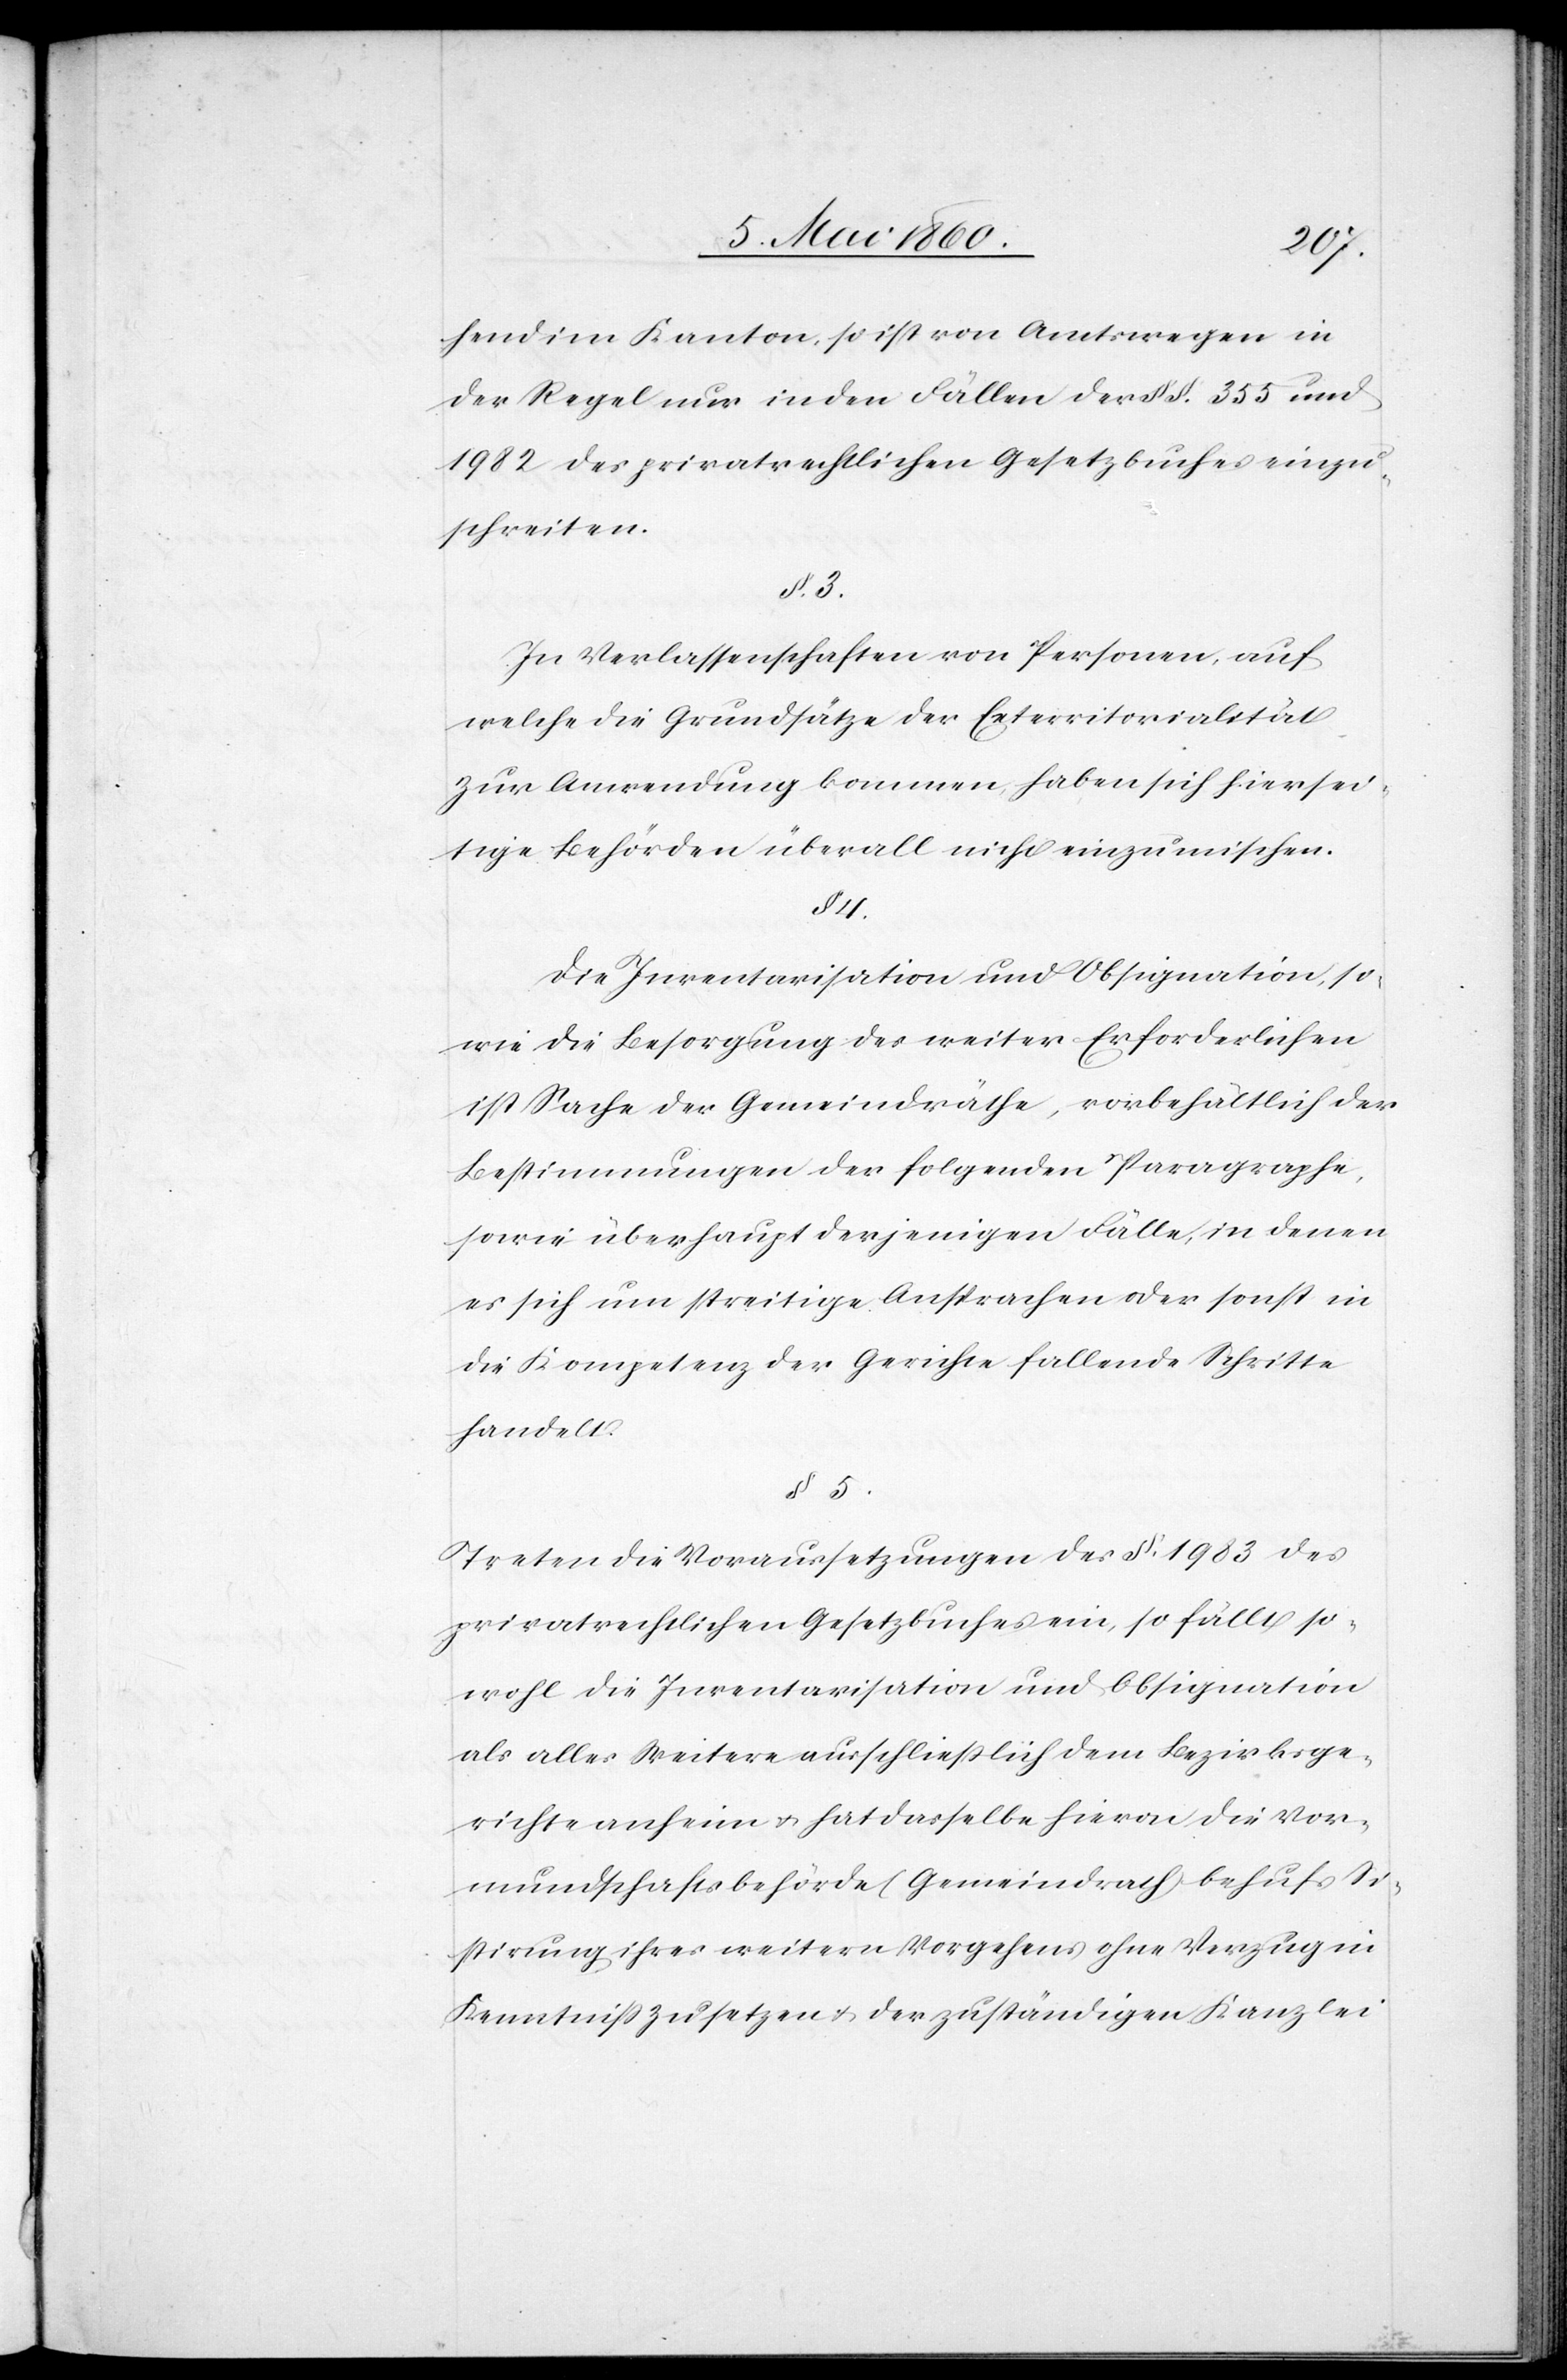
hend im Kanton, so ist von Amtswegen in
der Regel nur in den Fällen der §§. 335 und
198 des privatrechtlichen Gesetzbuches einzu¬
schreiten.
§. 3.
In Verlassenschaften von Personen, auf
welche die Grundsätze der Exterritorialität
zur Anwendung kommen, haben sich hiersei¬
tige Behörden überall nicht einzumischen.
§. 4.
Die Inventarisation und Obsignation, so¬
wie die Besorgung des weiter Erforderlichen
ist Sache der Gemeindräthe, vorbehältlich der
Bestimmungen der folgenden Paragraphe,
sowie überhaupt derjenigen Fälle, in denen
es sich um streitige Ansprachen oder sonst in
die Kompetenz der Gerichte fallende Schritte
handelt.
§. 5.
Treten die Voraussetzungen des §. 1983 des
privatrechtlichen Gesetzbuches ein, so fällt so¬
wohl die Inventarisation und Absignation
als alles Weitere ausschliesslich dem Bezirksge¬
richte anheim u. hat dasselbe hievon die Vor¬
mundschaftsbehörde (Gemeindrath) behufs Si¬
stirung ihres weitern Vorgehens ohne Verzug in
Kenntniss zu setzen u. der zuständigen Kanzlei